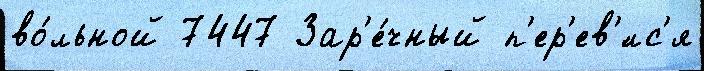
во́льной 7447 Зар'е́чный п'ер'ев'́лс'я